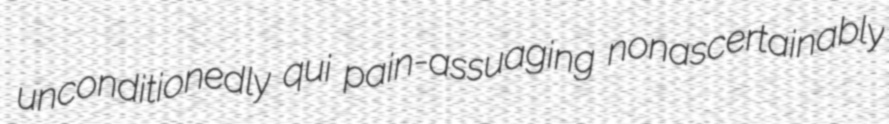
unconditionedly qui pain-assuaging nonascertainably